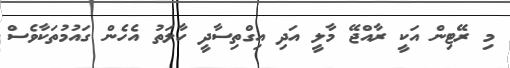
މި ރޭޓިން އަކީ ރާއްޖޭ މާލީ އަދި އިގްތިސާދީ ހާލަތު އެހެން ގައުމުތަކާވެސް